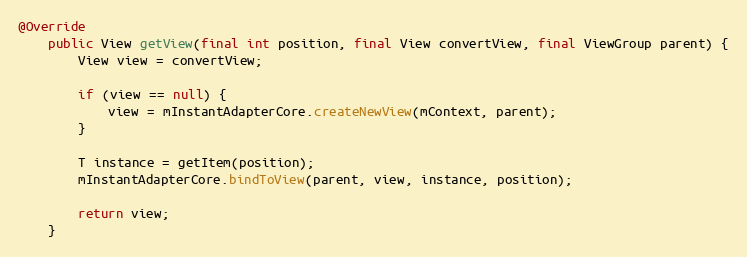
Language: Java
@Override
    public View getView(final int position, final View convertView, final ViewGroup parent) {
        View view = convertView;

        if (view == null) {
            view = mInstantAdapterCore.createNewView(mContext, parent);
        }

        T instance = getItem(position);
        mInstantAdapterCore.bindToView(parent, view, instance, position);

        return view;
    }